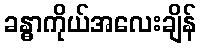
ခန္ဓာကိုယ်အလေးချိန်